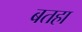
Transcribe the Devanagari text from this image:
बतहा